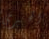
الخيري